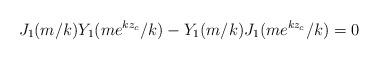
LaTeX: \begin{align*}J_1(m/k)Y_1(me^{kz_c}/k)-Y_1(m/k)J_1(me^{kz_c}/k)=0\end{align*}